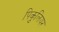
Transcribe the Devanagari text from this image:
पिकुलियर